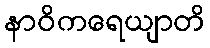
နာဝိကရေယျာတိ